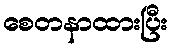
စေတနာထားပြီး